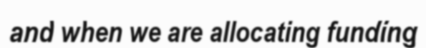
and when we are allocating funding